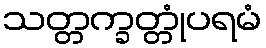
သတ္တက္ခတ္တုံပရမံ